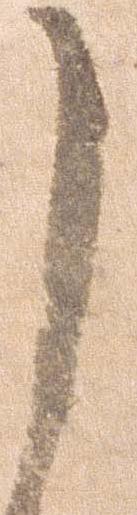
し